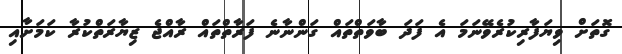
ގޮތަށް ވިޔަފާރިކުރެވޭނަަމަ އެ ފަދަ ބާވަތްތައް ގަންނާނެ ފަރާތްތައް ރާއްޖެ ޒިޔާރަތްކުރާ ކަަމަށާއި